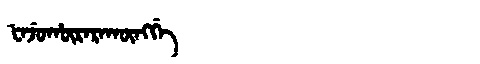
Manchu: ᡶᠠᠵᡠᡥᡡᡵᠠᡵᠠᡴᡡᠩᡤᡝ
Romanization: FAJUHŪRARAKŪNGGE